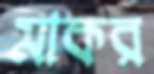
মাকর